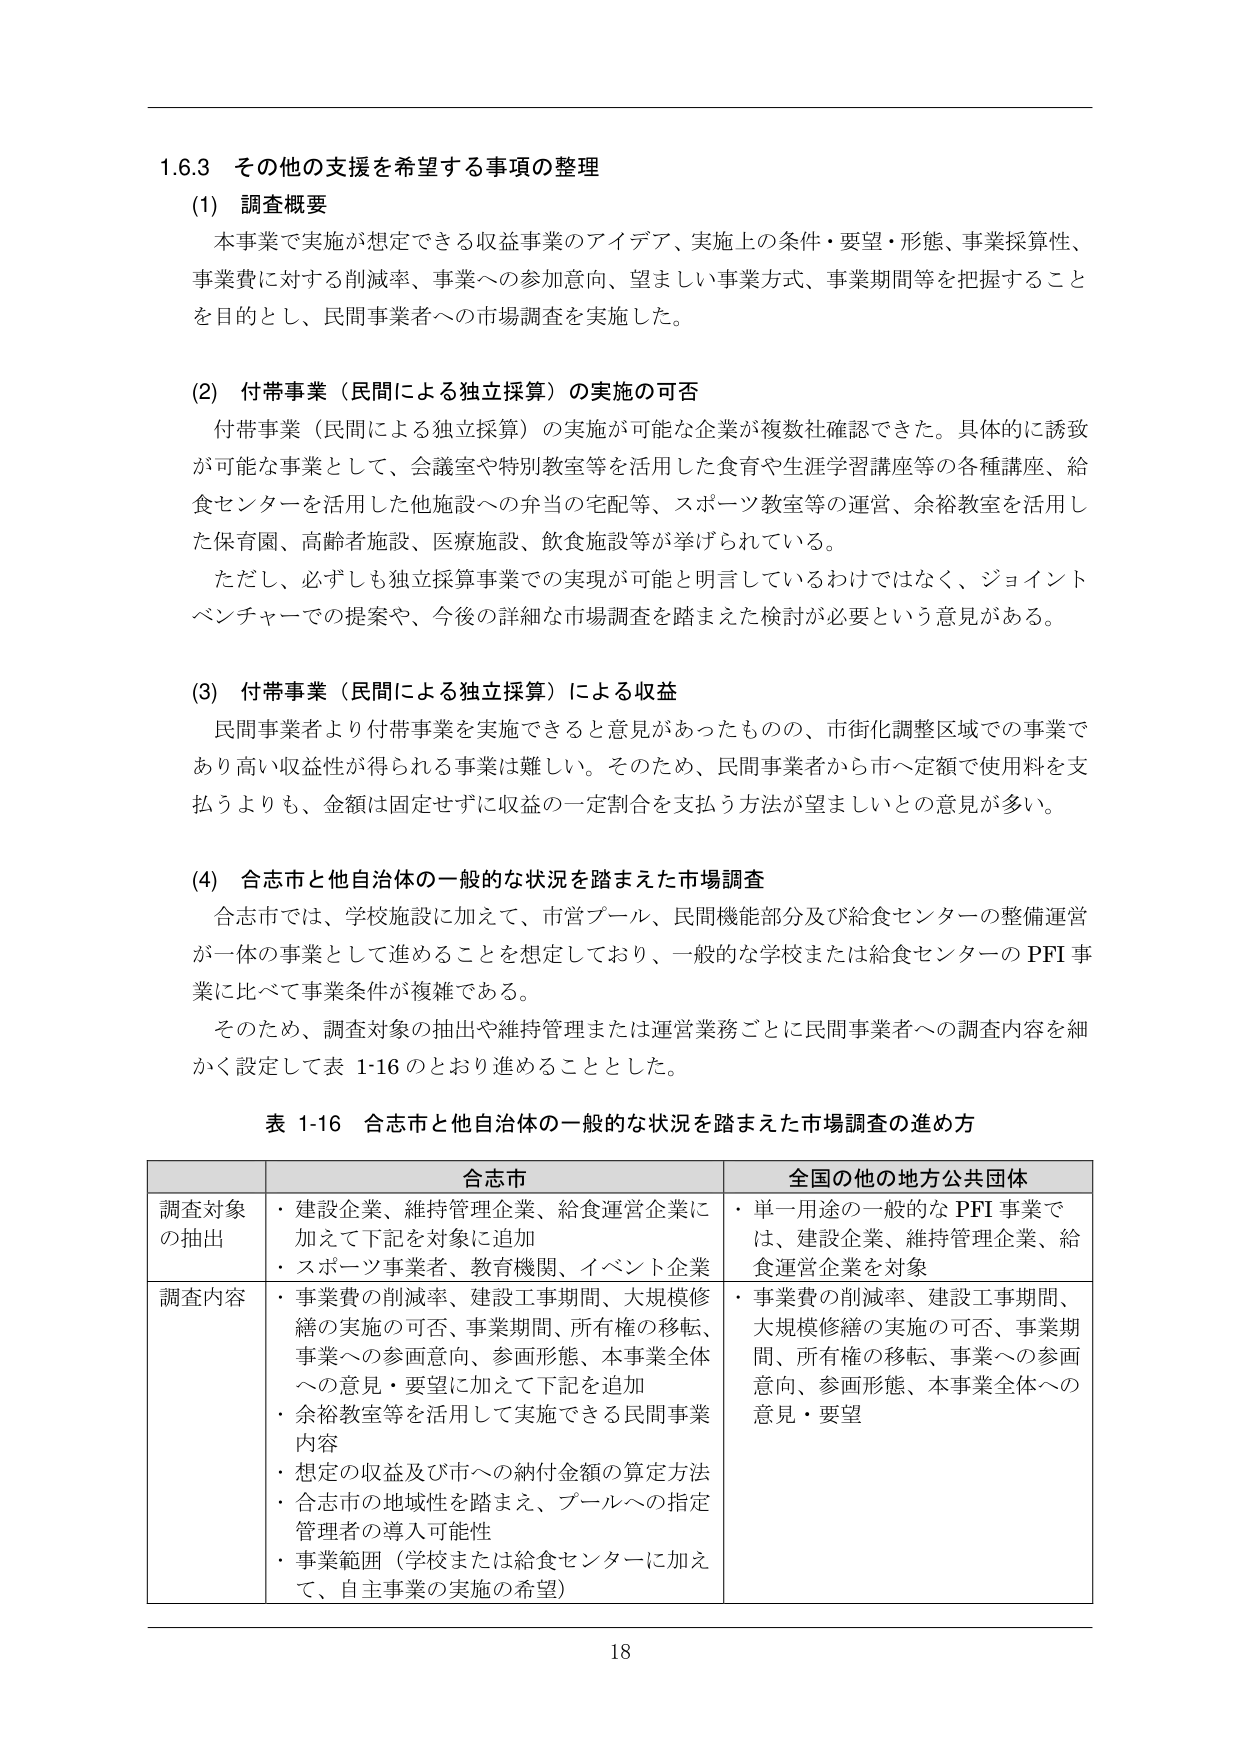
1.6.3 その他の支援を希望する事項の整理

(1) 調査概要
本事業で実施が想定できる収益事業のアイデア、実施上の条件・要望・形態、事業採算性、
事業費に対する削減率、事業への参加意向、望ましい事業方式、事業期間等を把握すること
を目的とし、民間事業者への市場調査を実施した。

(2) 付帯事業（民間による独立採算）の実施の可否
付帯事業（民間による独立採算）の実施が可能な企業が複数社確認できた。具体的に誘致
が可能な事業として、会議室や特別教室等を活用した食育や生涯学習講座等の各種講座、給
食センターを活用した他施設への弁当の宅配等、スポーツ教室等の運営、余裕教室を活用し
た保育園、高齢者施設、医療施設、飲食施設等が挙げられている。
ただし、必ずしも独立採算事業での実現が可能と明言しているわけではなく、ジョイント
ベンチャーでの提案や、今後の詳細な市場調査を踏まえた検討が必要という意見がある。

(3) 付帯事業（民間による独立採算）による収益
民間事業者より付帯事業を実施できると意見があったものの、市街化調整区域での事業で
あり高い収益性が得られる事業は難しい。そのため、民間事業者から市へ定額で使用料を支
払うよりも、金額は固定せずに収益の一定割合を支払う方法が望ましいとの意見が多い。

(4) 合志市と他自治体の一般的な状況を踏まえた市場調査
合志市では、学校施設に加えて、市営プール、民間機能部分及び給食センターの整備運営
が一体の事業として進める事を想定しており、一般的な学校または給食センターのPFI事業
に比べて事業条件が複雑である。
そのため、調査対象の抽出や維持管理または運営業務ごとに民間事業者への調査内容を細
かく設定して表 1-16 のとおり進めることとした。

表 1-16 合志市と他自治体の一般的な状況を踏まえた市場調査の進め方

| | 合志市 | 全国の他の地方公共団体 |
|---|---|---|
| 調査対象の抽出 | ・建設企業、維持管理企業、給食運営企業に加えて下記を対象に追加<br>・スポーツ事業者、教育機関、イベント企業 | ・単一用途の一般的なPFI事業では、建設企業、維持管理企業、給食運営企業を対象 |
| 調査内容 | ・事業費の削減率、建設工事期間、大規模修繕の実施の可否、事業期間、所有権の移転、事業への参画意向、参画形態、本事業全体への意見・要望に加えて下記を追加<br>・余裕教室等を活用して実施できる民間事業内容<br>・想定の収益及び市への納付金額の算定方法<br>・合志市の地域性を踏まえ、プールへの指定管理者の導入可能性<br>・事業範囲（学校または給食センターに加えて、自主事業の実施の希望） | ・事業費の削減率、建設工事期間、大規模修繕の実施の可否、事業期間、所有権の移転、事業への参画意向、参画形態、本事業全体への意見・要望 |

18